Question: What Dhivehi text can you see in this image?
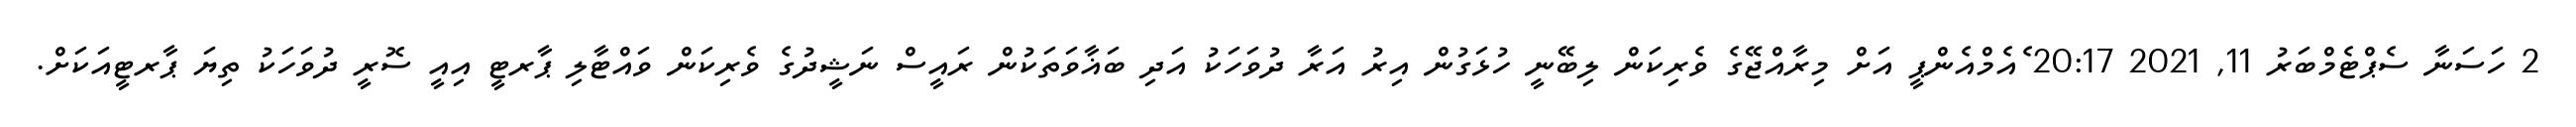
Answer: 2 ހަސަނާ ސެޕްޓެމްބަރު 11, 2021 20:17 ެއެމްއެންޕީ އަށް މިރާއްޖޭގެ ވެރިކަން ލިބޭނީ ހުޅަގުން އިރު އަރާ ދުވަހަކު އަދި ބަޣާވަތަކުން ރައީސް ނަޝީދުގެ ވެރިކަން ވައްޓާލި ޕާރޓީ އިއީ ސޮރީ ދުވަހަކު ތިޔަ ޕާރޓީއަކަށް.